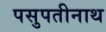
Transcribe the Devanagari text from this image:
पसुपतीनाथ